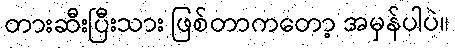
တားဆီးပြီးသား ဖြစ်တာကတော့ အမှန်ပါပဲ။